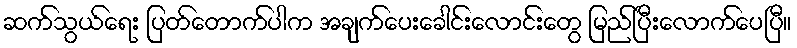
ဆက်သွယ်ရေး ပြတ်တောက်ပါက အချက်ပေးခေါင်းလောင်းတွေ မြည်ပြီးလောက်ပေပြီ။